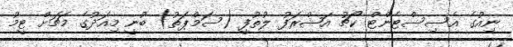
ނިއުގެ އެސިސްޓެންޓް ކޯޗު އަޝްރަފު ލުތުފީ (ސަމްޕަތު) ބުނީ މިއަދުގެ މެޗަށް ޓީމު